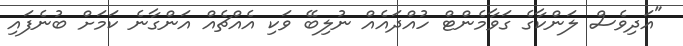
"އަދިވެސް ލަންކާގެ ގަވާމެންޓް ހުއްދައެއް ނުލިބޭ ވަކި އެއްޗެއް އަންގާނެ ކަމަށް ބުނެފައި